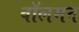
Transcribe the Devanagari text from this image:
वॉलमन